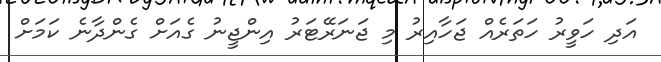
އަދި ހަވީރު ހަތަރެއް ޖަހާއިރު މި ޖަނަރޭޓަރު އިންޖީނު ގެއަށް ގެންދާނެ ކަމަށް